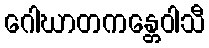
ဂေါဃာတကန္တေဝါသီ